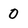
Character: 0